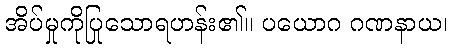
အိပ်မှုကိုပြုသောရဟန်း၏။ ပယောဂ ဂဏနာယ၊